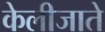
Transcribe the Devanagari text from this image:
केलीजाते